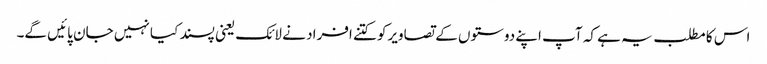
اس کا مطلب یہ ہے کہ آپ اپنے دوستوں کے تصاویرکو کتنے افراد نے لائک یعنی پسند کیا نہیں جان پائیں گے۔